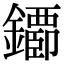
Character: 䥮